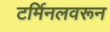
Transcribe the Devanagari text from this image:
टर्मिनलवरून